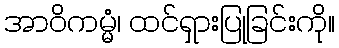
အာဝိကမ္မံ၊ ထင်ရှားပြုခြင်းကို။